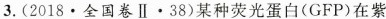
3.(2018·全国卷Ⅱ·38)某种荧光蛋白(GFP)在紫外